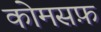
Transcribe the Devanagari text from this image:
कोमसफ़